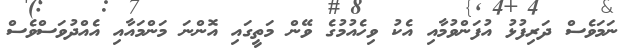
ނަމަވެސް ދަރިފުޅު އުފަންވުމާއި އެކު ވިހެއުމުގެ ވޭން މަތީގައި އޮންނަ މަންމައާއި އެއްދުވަސްވެސް